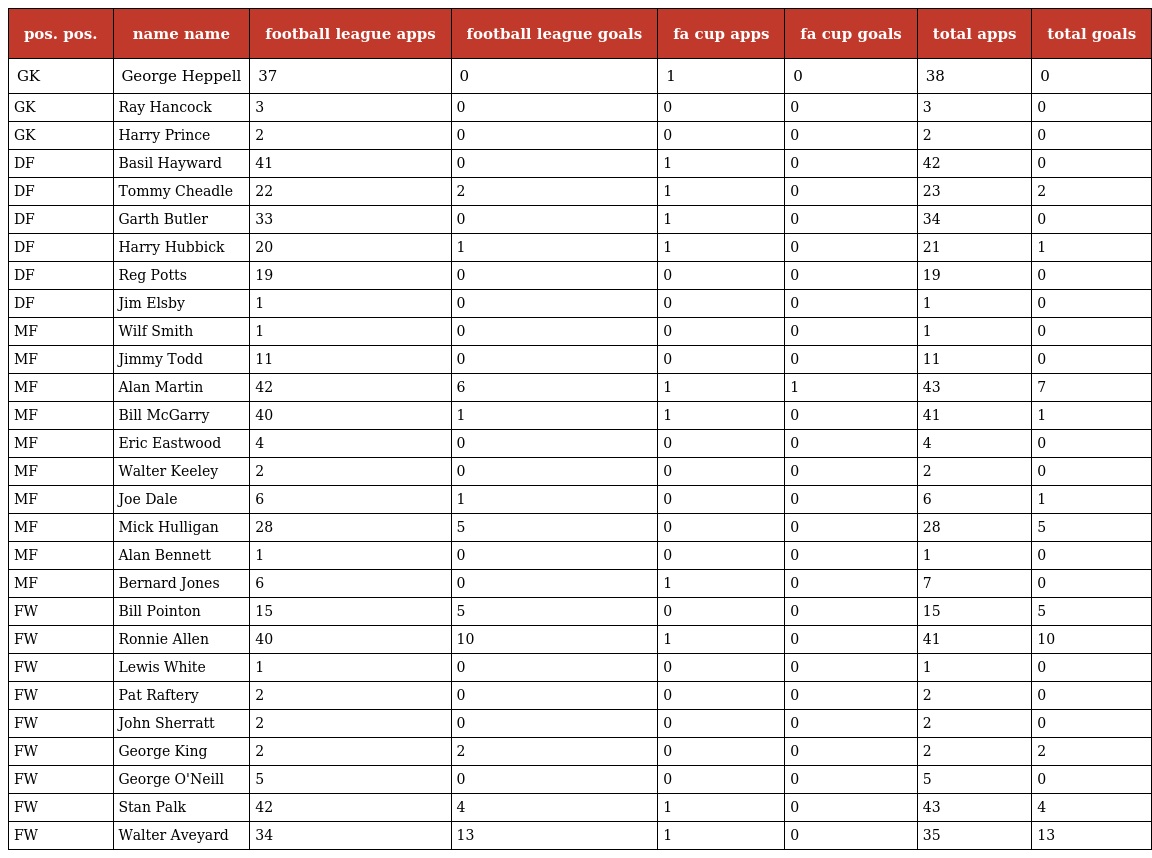
| pos. pos. | name name | football league apps | football league goals | fa cup apps | fa cup goals | total apps | total goals |
 | --- | --- | --- | --- | --- | --- | --- | --- |
 | GK | George Heppell | 37 | 0 | 1 | 0 | 38 | 0 |
 | GK | Ray Hancock | 3 | 0 | 0 | 0 | 3 | 0 |
 | GK | Harry Prince | 2 | 0 | 0 | 0 | 2 | 0 |
 | DF | Basil Hayward | 41 | 0 | 1 | 0 | 42 | 0 |
 | DF | Tommy Cheadle | 22 | 2 | 1 | 0 | 23 | 2 |
 | DF | Garth Butler | 33 | 0 | 1 | 0 | 34 | 0 |
 | DF | Harry Hubbick | 20 | 1 | 1 | 0 | 21 | 1 |
 | DF | Reg Potts | 19 | 0 | 0 | 0 | 19 | 0 |
 | DF | Jim Elsby | 1 | 0 | 0 | 0 | 1 | 0 |
 | MF | Wilf Smith | 1 | 0 | 0 | 0 | 1 | 0 |
 | MF | Jimmy Todd | 11 | 0 | 0 | 0 | 11 | 0 |
 | MF | Alan Martin | 42 | 6 | 1 | 1 | 43 | 7 |
 | MF | Bill McGarry | 40 | 1 | 1 | 0 | 41 | 1 |
 | MF | Eric Eastwood | 4 | 0 | 0 | 0 | 4 | 0 |
 | MF | Walter Keeley | 2 | 0 | 0 | 0 | 2 | 0 |
 | MF | Joe Dale | 6 | 1 | 0 | 0 | 6 | 1 |
 | MF | Mick Hulligan | 28 | 5 | 0 | 0 | 28 | 5 |
 | MF | Alan Bennett | 1 | 0 | 0 | 0 | 1 | 0 |
 | MF | Bernard Jones | 6 | 0 | 1 | 0 | 7 | 0 |
 | FW | Bill Pointon | 15 | 5 | 0 | 0 | 15 | 5 |
 | FW | Ronnie Allen | 40 | 10 | 1 | 0 | 41 | 10 |
 | FW | Lewis White | 1 | 0 | 0 | 0 | 1 | 0 |
 | FW | Pat Raftery | 2 | 0 | 0 | 0 | 2 | 0 |
 | FW | John Sherratt | 2 | 0 | 0 | 0 | 2 | 0 |
 | FW | George King | 2 | 2 | 0 | 0 | 2 | 2 |
 | FW | George O'Neill | 5 | 0 | 0 | 0 | 5 | 0 |
 | FW | Stan Palk | 42 | 4 | 1 | 0 | 43 | 4 |
 | FW | Walter Aveyard | 34 | 13 | 1 | 0 | 35 | 13 |